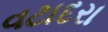
વટાદરા